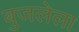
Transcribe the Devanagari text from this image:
बुजलेला